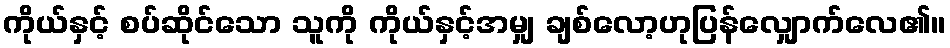
ကိုယ်နှင့် စပ်ဆိုင်သော သူကို ကိုယ်နှင့်အမျှ ချစ်လော့ဟုပြန်လျှောက်လေ၏။